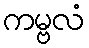
ကမ္ဗလံ